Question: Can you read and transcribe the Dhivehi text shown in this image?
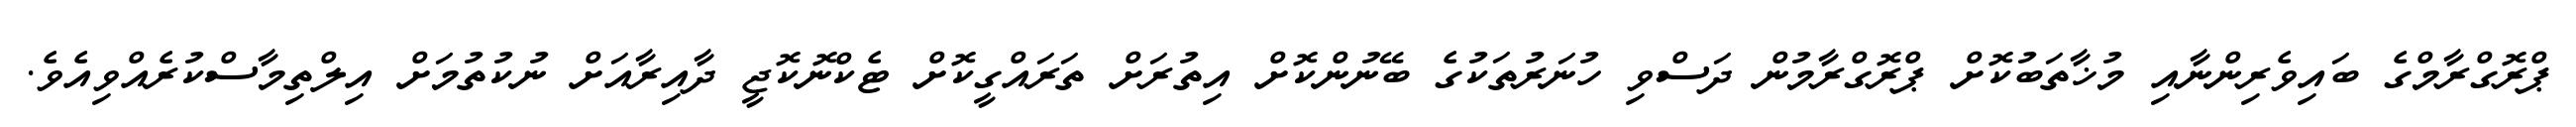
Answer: ޕްރޮގްރާމްގެ ބައިވެރިންނާއި މުޚާތަބުކޮށް ޕްރޮގްރާމުން ދަސްވި ހުނަރުތަކުގެ ބޭނުންކޮށް އިތުރަށް ތަރައްގީކޮށް ޓެކްނޮކޮޖީ ދާއިރާއަށް ނުކުތުމަށް އިލްތިމާސްކުރެއްވިއެވެ.